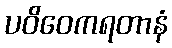
ပဝိဝေကရတာနံ